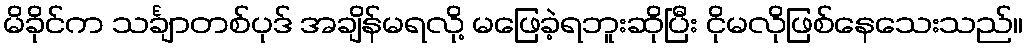
မိခိုင်က သင်္ချာတစ်ပုဒ် အချိန်မရလို့ မဖြေခဲ့ရဘူးဆိုပြီး ငိုမလိုဖြစ်နေသေးသည်။